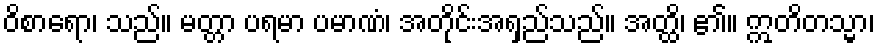
ဝိစာရော၊ သည်။ မတ္တာ ပရမာ ပမာဏံ၊ အတိုင်းအရှည်သည်။ အတ္ထိ၊ ၏။ ဣတိတသ္မာ၊